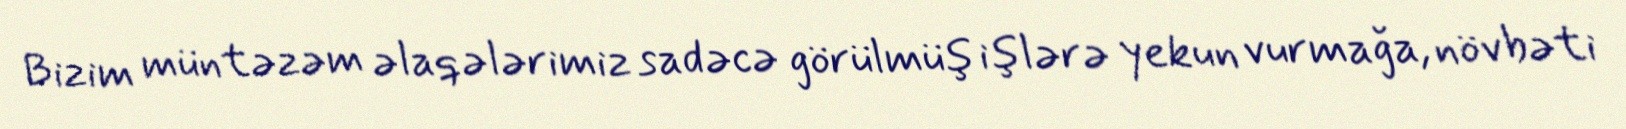
Bizim müntəzəm əlaqələrimiz sadəcə görülmüş işlərə yekun vurmağa, növbəti